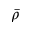
\bar { \rho }